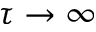
\tau \rightarrow \infty